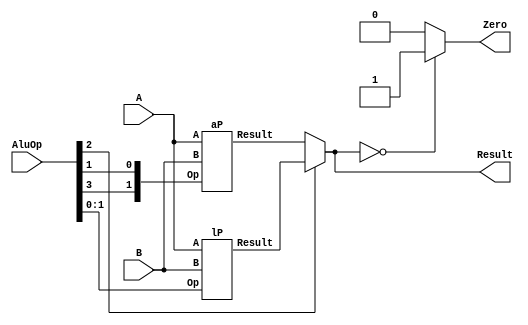
`timescale 1ns / 1ps
//////////////////////////////////////////////////////////////////////////////////
//////////////////////////////////////////////////////////////////////////////////


module ALU( input [3:0] AluOp
            ,input [31:0] A
            ,input [31:0] B
            ,output [31:0] Result
            ,output Zero
          );

    wire [31:0] arithmeticO, logicO;
    
    aP a ({AluOp[3],AluOp[1]}, A, B, arithmeticO);
    lP l (AluOp[1:0], A, B, logicO);
    
    assign Result = (AluOp[2]) ? logicO : arithmeticO;
    assign Zero = (Result == 0) ? 1 : 0;
    
endmodule


module aP(  input [1:0] Op
            ,input [31:0] A
            ,input [31:0] B
            ,output [31:0] Result
          );
          
    wire [31:0] re2;
    wire [31:0] b2;
    
    assign b2 = (Op[0]) ? ((~B) +1) : B;
    assign re2 = A + b2;
    assign Result = (Op[1]) ? {31'b0,re2[31]} : re2;
    
endmodule

module lP(  input [1:0] Op
            ,input [31:0] A
            ,input [31:0] B
            ,output [31:0] Result
          );
          
    wire [31:0] rA, rO, rX, rN;
    assign rA = A & B;
    assign rO = A | B;
    assign rX = A ^ B;
    assign rN = ~rO;
    
    assign Result = (Op == 2'b00) ? rA :
                    (Op == 2'b01) ? rO :
                    (Op == 2'b10) ? rX :
                    (Op == 2'b11) ? rN :
                    32'bx;
endmodule